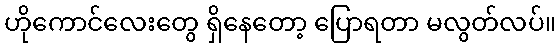
ဟိုကောင်လေးတွေ ရှိနေတော့ ပြောရတာ မလွတ်လပ်။